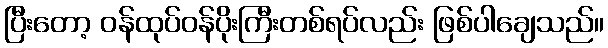
ပြီးတော့ ဝန်ထုပ်ဝန်ပိုးကြီးတစ်ရပ်လည်း ဖြစ်ပါချေသည်။